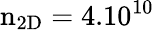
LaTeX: \mathrm{n_{2D}=4.10^{10}}